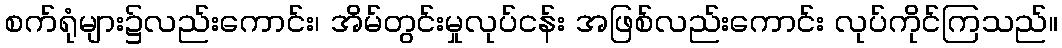
စက်ရုံများ၌လည်းကောင်း၊ အိမ်တွင်းမှုလုပ်ငန်း အဖြစ်လည်းကောင်း လုပ်ကိုင်ကြသည်။